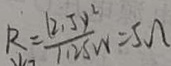
R = \frac { ( 2 . 5 y ^ { 2 } ) } { 1 . 2 5 w } = 5 \Omega